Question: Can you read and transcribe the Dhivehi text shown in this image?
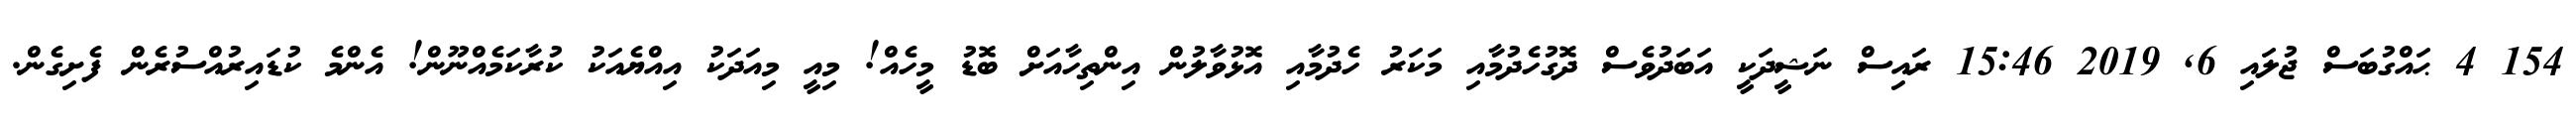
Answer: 154 4 ޙައްގުބަސް ޖުލައި 6, 2019 15:46 ރައިސް ނަޝީދަކީ އަބަދުވެސް ދޮގުހެދުމާއި މަކަރު ހެދުމާއި އޮޅުވާލުން އިންތިހާއަށް ބޮޑު މީހެއް! މިއީ މިއަދަކު އިއްޔެއަކު ކުރާކަމެއްނޫން! އެންމެ ކުޑައިރުއްސުރެން ފެށިގެން.